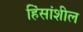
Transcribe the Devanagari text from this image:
हिंसांशील